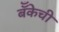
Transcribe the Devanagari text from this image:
बॅँकेची